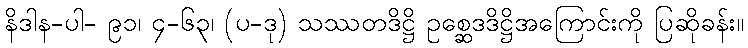
နိဒါန-ပါ- ၉၁၊ ၄-၆၃၊ (ပ-ဒု) သဿတဒိဋ္ဌိ ဥစ္ဆေဒဒိဋ္ဌိအကြောင်းကို ပြဆိုခန်း။